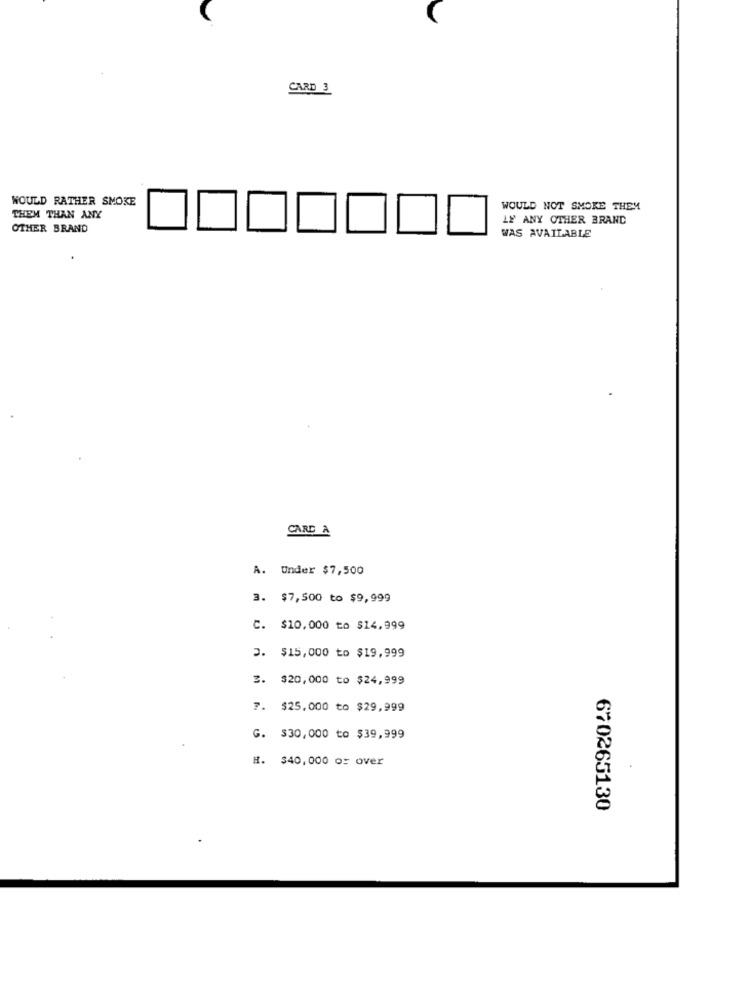
CARD 3
WOULD RATHER SMOKE
WOULD NOT SMOKE THEM
THEM THAN ANY
LY ANY OTHER BRAND
OTHER BRAND
WAS AVAILABLE
CARD
A. Under $7,500
3. $7,500 to $9,999
C. $10,000 to $14,999
3. $15,000 to $19,999
3. $20,000 to $24,999
7. $25.000 to $29,999
G. $30,000 to $39,999
#. $40,000 o: over
670265130